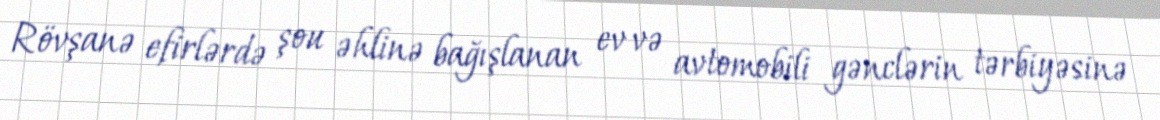
Rövşanə efirlərdə şou əhlinə bağışlanan ev və avtomobili gənclərin tərbiyəsinə